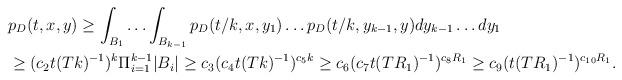
LaTeX: \begin{align*}&p_D(t,x,y)\ge \int_{B_1}\ldots\int_{B_{k-1}}p_D(t/k,x,y_1)\ldots p_D(t/k, y_{k-1},y) dy_{k-1}\ldots dy_1\\&\ge (c_2t(Tk)^{-1})^k\Pi^{k-1}_{i=1} |B_i| \ge c_3 (c_4t(Tk)^{-1})^{c_5k} \ge c_6 (c_7t(TR_1)^{-1})^{c_8R_1} \ge c_9 (t(TR_1)^{-1})^{c_{10}R_1}.\end{align*}